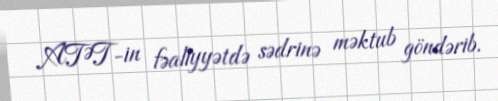
ATƏT-in fəaliyyətdə sədrinə məktub göndərib.